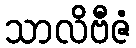
သာလိဗီဇံ